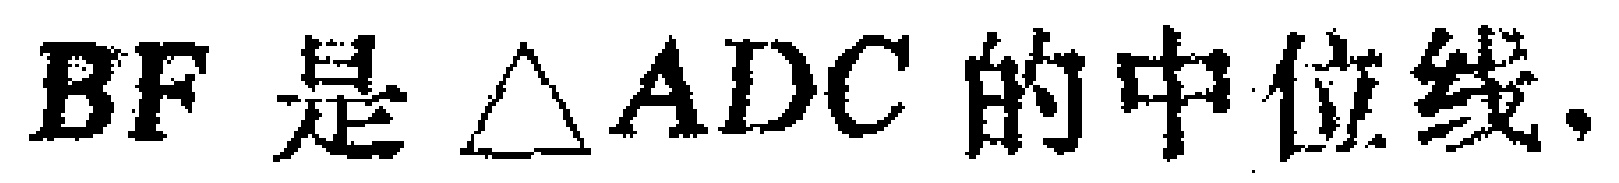
$BF\text{ 是 }\triangle ADC\text{ 的中位线.}$